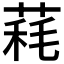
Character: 𦳁